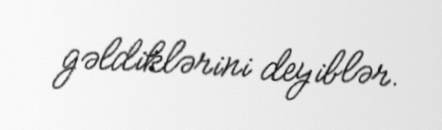
gəldiklərini deyiblər.